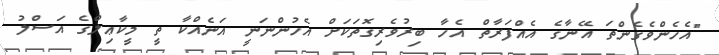
"އެހެންވެގެންތަ އޭނާގެ އެއްފަރާތް އެހާ ބިރުވެރިގޮތަކަށް އެހުންނަނީ އަނެއްކާ ތީ މީކާޢިލްގެ އަސްލު